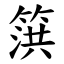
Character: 篊